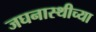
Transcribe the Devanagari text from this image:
जघनास्थीच्या